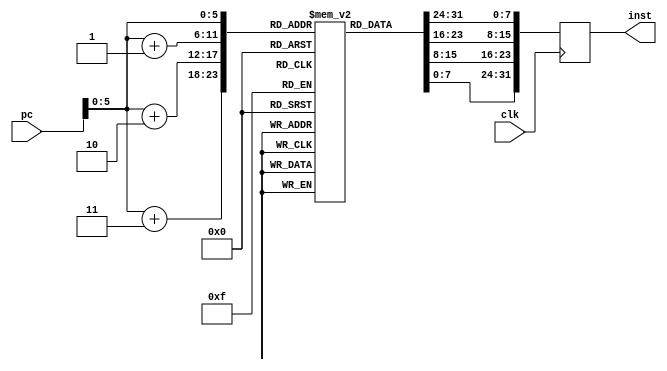
`timescale 1ns / 1ps

module im(input[31:0]pc,input clk,output reg[31:0]inst);
reg[7:0]im[63:0];
initial
    begin
    im[0]=8'b00001010;
    im[1]=8'b00001010;
    im[2]=8'b00101010;
    im[3]=8'b00001010;
    im[4]=8'b00001010;
    im[5]=8'b00001011;
    im[6]=8'b01001010;
    im[7]=8'b00101010;
    im[8]=8'b00001010;
    im[9]=8'b01001010;
    im[10]=8'b00001010;
    im[11]=8'b00001010;
    im[12]=8'b00101010;
    im[13]=8'b00001010;
    im[14]=8'b00001010;
    im[15]=8'b00001010;
    im[16]=8'b01001010;
    im[17]=8'b00101010;
    im[18]=8'b00001010;
    im[19]=8'b01001010;
    im[20]=8'b00001010;
    im[21]=8'b00001010;
    im[22]=8'b00001010;
    im[23]=8'b00001010;
    im[24]=8'b01101010;
    im[25]=8'b00001010;
    im[26]=8'b01001010;
    im[27]=8'b00101010;
    end
always@(posedge clk)
inst={im[pc],im[pc+1],im[pc+2],im[pc+3]};
endmodule